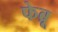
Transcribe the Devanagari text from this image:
फेब्रू